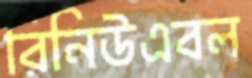
রিনিউএবল